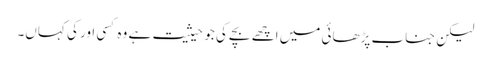
لیکن جناب پڑھائی میں اچھے بچے کی جو حیثیت ہے وہ کسی اور کی کہاں۔